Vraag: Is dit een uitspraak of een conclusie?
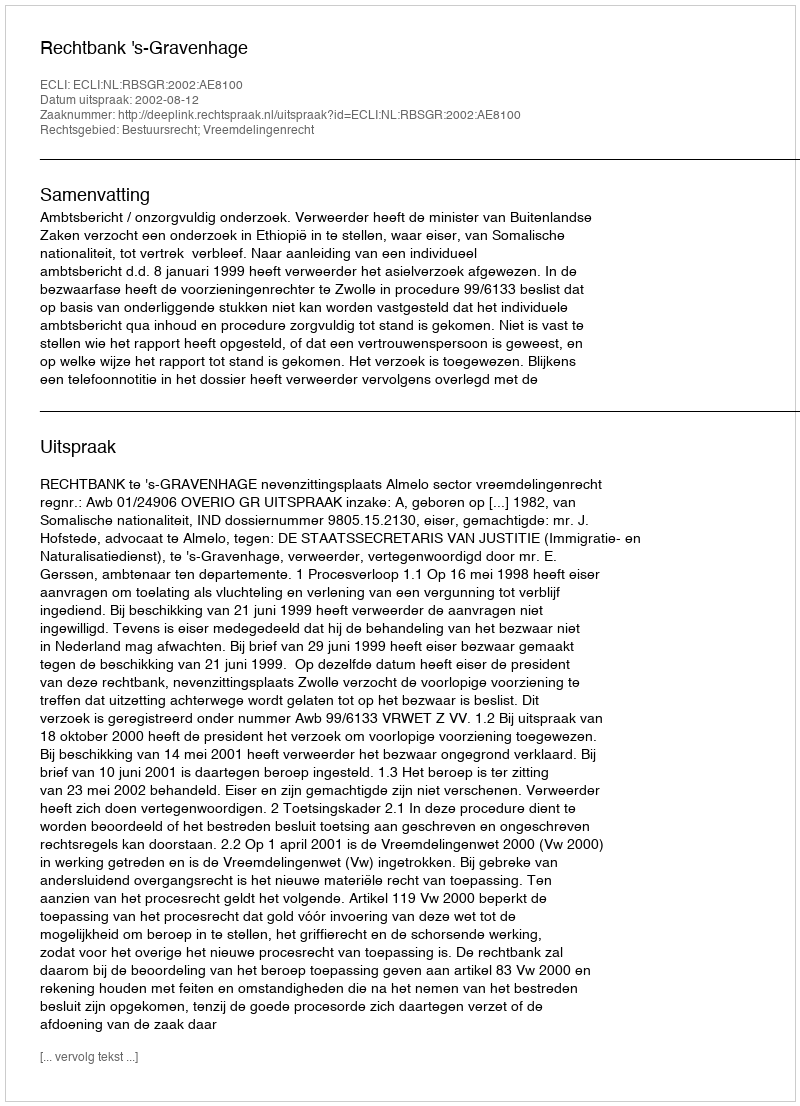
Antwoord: Uitspraak